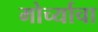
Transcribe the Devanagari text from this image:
मोर्च्याचा